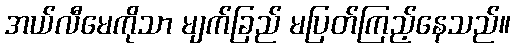
အယ်လီမေကိုသာ မျက်ခြည် မပြတ်ကြည့်နေသည်။